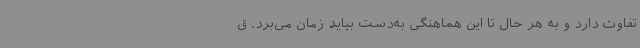
تفاوت دارد و به هر حال تا این هماهنگی به‌دست بیاید زمان می‌برد. ق